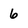
Character: 6